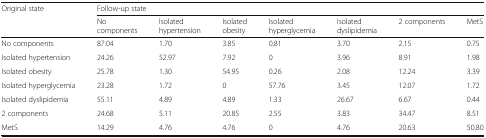
<table><thead><tr><td rowspan="2"><b>Original state</b></td><td colspan="7"><b>Follow-up state</b></td></tr><tr><td><b>No components</b></td><td><b>Isolated hypertension</b></td><td><b>Isolated obesity</b></td><td><b>Isolated hyperglycemia</b></td><td><b>Isolated dyslipidemia</b></td><td><b>2 components</b></td><td><b>MetS</b></td></tr></thead><tbody><tr><td>No components</td><td>87.04</td><td>1.70</td><td>3.85</td><td>0.81</td><td>3.70</td><td>2.15</td><td>0.75</td></tr><tr><td>Isolated hypertension</td><td>24.26</td><td>52.97</td><td>7.92</td><td>0</td><td>3.96</td><td>8.91</td><td>1.98</td></tr><tr><td>Isolated obesity</td><td>25.78</td><td>1.30</td><td>54.95</td><td>0.26</td><td>2.08</td><td>12.24</td><td>3.39</td></tr><tr><td>Isolated hyperglycemia</td><td>23.28</td><td>1.72</td><td>0</td><td>57.76</td><td>3.45</td><td>12.07</td><td>1.72</td></tr><tr><td>Isolated dyslipidemia</td><td>55.11</td><td>4.89</td><td>4.89</td><td>1.33</td><td>26.67</td><td>6.67</td><td>0.44</td></tr><tr><td>2 components</td><td>24.68</td><td>5.11</td><td>20.85</td><td>2.55</td><td>3.83</td><td>34.47</td><td>8.51</td></tr><tr><td>MetS</td><td>14.29</td><td>4.76</td><td>4.76</td><td>0</td><td>4.76</td><td>20.63</td><td>50.80</td></tr></tbody></table>